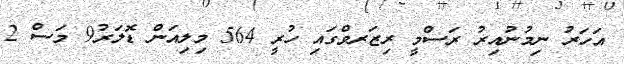
އަހަރު ނިމުނުއިރު ރަސްމީ ރިޒަރވްގައި ހުރީ 564 މިލިއަން ޑޮލަރު9 މަސް 2